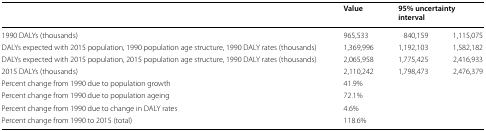
|  | Value | <COLSPAN=2> 95% uncertainty interval |
 | --- | --- | --- | --- |
 | 1990 DALYs (thousands) | 965,533 | 840,159 | 1,115,075 |
 | DALYs expected with 2015 population, 1990 population age structure, 1990 DALY rates (thousands) | 1,369,996 | 1,192,103 | 1,582,182 |
 | DALYs expected with 2015 population, 2015 population age structure, 1990 DALY rates (thousands) | 2,065,958 | 1,775,425 | 2,416,933 |
 | 2015 DALYs (thousands) | 2,110,242 | 1,798,473 | 2,476,379 |
 | Percent change from 1990 due to population growth | 41.9% |  |  |
 | Percent change from 1990 due to population ageing | 72.1% |  |  |
 | Percent change from 1990 due to change in DALY rates | 4.6% |  |  |
 | Percent change from 1990 to 2015 (total) | 118.6% |  |  |